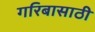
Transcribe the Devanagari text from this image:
गरिबासाठी